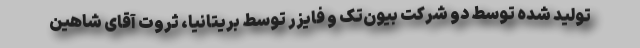
تولید شده توسط دو شرکت بیون‌تک و فایزر توسط بریتانیا، ثروت آقای شاهین